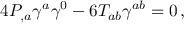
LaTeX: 4 P _ { , a } \gamma ^ { a } \gamma ^ { 0 } - 6 T _ { a b } \gamma ^ { a b } = 0 \, ,